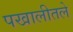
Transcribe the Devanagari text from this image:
पखालीतले